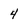
Character: 4